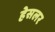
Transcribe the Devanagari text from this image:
हेसलर